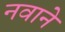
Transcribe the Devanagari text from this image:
नवाने